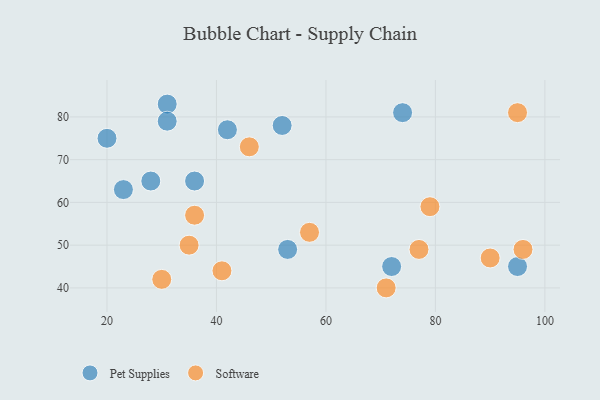
{"axis": {"x": "GDP", "y": "Life Expectancy"}, "legend": ["Pet Supplies", "Software"], "data": [{"x": "72", "y": 45, "type": "Pet Supplies"}, {"x": "36", "y": 65, "type": "Pet Supplies"}, {"x": "31", "y": 83, "type": "Pet Supplies"}, {"x": "53", "y": 49, "type": "Pet Supplies"}, {"x": "20", "y": 75, "type": "Pet Supplies"}, {"x": "23", "y": 63, "type": "Pet Supplies"}, {"x": "52", "y": 78, "type": "Pet Supplies"}, {"x": "95", "y": 45, "type": "Pet Supplies"}, {"x": "28", "y": 65, "type": "Pet Supplies"}, {"x": "42", "y": 77, "type": "Pet Supplies"}, {"x": "74", "y": 81, "type": "Pet Supplies"}, {"x": "31", "y": 79, "type": "Pet Supplies"}, {"x": "77", "y": 49, "type": "Software"}, {"x": "79", "y": 59, "type": "Software"}, {"x": "71", "y": 40, "type": "Software"}, {"x": "57", "y": 53, "type": "Software"}, {"x": "96", "y": 49, "type": "Software"}, {"x": "35", "y": 50, "type": "Software"}, {"x": "90", "y": 47, "type": "Software"}, {"x": "36", "y": 57, "type": "Software"}, {"x": "30", "y": 42, "type": "Software"}, {"x": "95", "y": 81, "type": "Software"}, {"x": "41", "y": 44, "type": "Software"}, {"x": "46", "y": 73, "type": "Software"}]}